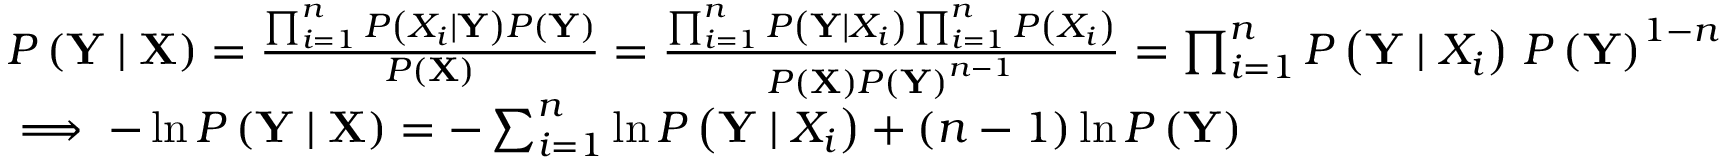
\begin{array} { r l } & { P \left( \mathbf { Y } \mid \mathbf { X } \right) = \frac { \prod _ { i = 1 } ^ { n } P \left( X _ { i } \mid \mathbf { Y } \right) P \left( \mathbf { Y } \right) } { P \left( \mathbf { X } \right) } = \frac { \prod _ { i = 1 } ^ { n } P \left( \mathbf { Y } \mid X _ { i } \right) \prod _ { i = 1 } ^ { n } P \left( X _ { i } \right) } { P \left( \mathbf { X } \right) P \left( \mathbf { Y } \right) ^ { n - 1 } } = \prod _ { i = 1 } ^ { n } P \left( \mathbf { Y } \mid X _ { i } \right) \, P \left( \mathbf { Y } \right) ^ { 1 - n } } \\ & { \implies - \ln { P \left( \mathbf { Y } \mid \mathbf { X } \right) } = - \sum _ { i = 1 } ^ { n } \ln { P \left( \mathbf { Y } \mid X _ { i } \right) } + ( n - 1 ) \ln { P \left( \mathbf { Y } \right) } } \end{array}